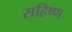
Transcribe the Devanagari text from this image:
सहिष्ण